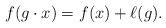
\begin{align*}f(g \cdot x)=f(x)+\ell(g).\end{align*}